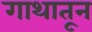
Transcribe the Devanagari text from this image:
गाथातून